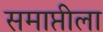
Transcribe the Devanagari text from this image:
समाप्तीला